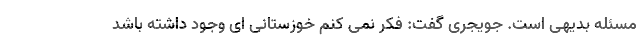
مسئله بدیهی است. جویجری گفت: فکر نمی کنم خوزستانی ای وجود داشته باشد